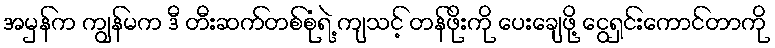
အမှန်က ကျွန်မက ဒီ တီးဆက်တစ်စုံရဲ့ ကျသင့် တန်ဖိုးကို ပေးချေဖို့ ငွေရှင်းကောင်တာကို